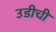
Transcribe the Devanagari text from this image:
उडीची